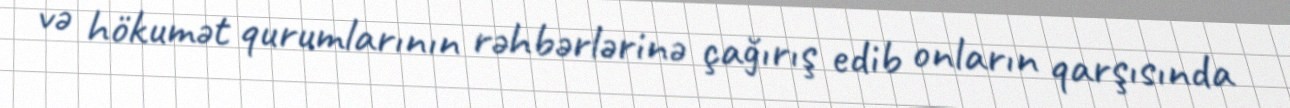
və hökumət qurumlarının rəhbərlərinə çağırış edib onların qarşısında